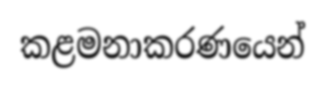
කළමනාකරණයෙන්